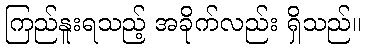
ကြည်နူးရသည့် အခိုက်လည်း ရှိသည်။